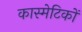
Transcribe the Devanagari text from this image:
कास्मेटिकों